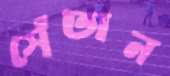
সেঁতান